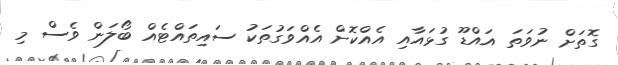
ގޮތަށް ނުވަތަ އައްޑޫ ގުޅައާއި އެއްކޮށް އެއްވަގުތަކު ސައިތައްޓެއް ބޯލަން ވެސް މި